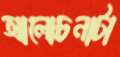
আলোচনাটা